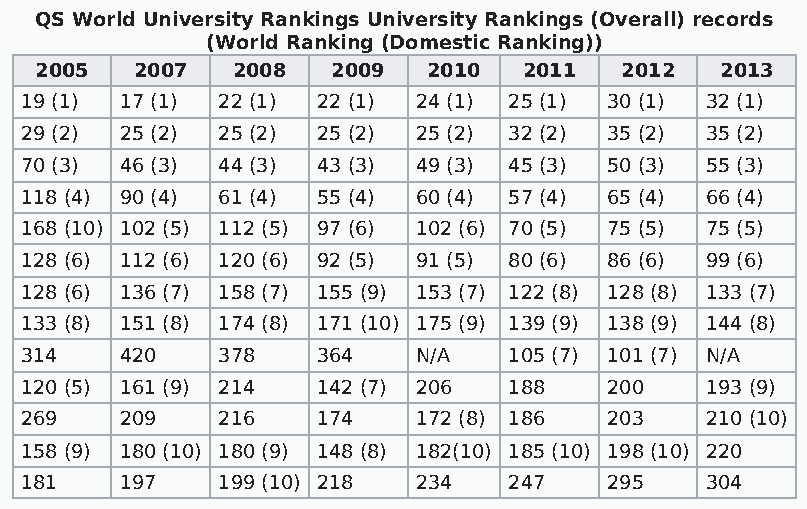
QS World University Rankings University Rankings (Overall) records
 (World Ranking (Domestic Ranking))
 2005   2007  2008   2009  2010   2011  2012   2013
 19 (1) 17 (1) 22 (1) 22 (1) 24 (1) 25 (1) 30 (1) 32 (1)
 29 (2) 25 (2) 25 (2) 25 (2) 25 (2) 32 (2) 35 (2) 35 (2)
 70 (3) 46 (3) 44 (3) 43 (3) 49 (3) 45 (3) 50 (3) 55 (3)
 118 (4) 90 (4) 61 (4) 55 (4) 60 (4) 57 (4) 65 (4) 66 (4)
 168 (10) 102 (5) 112 (5) 97 (6) 102 (6) 70 (5) 75 (5) 75 (5)
 128 (6) 112 (6) 120 (6) 92 (5) 91 (5) 80 (6) 86 (6) 99 (6)
 128 (6) 136 (7) 158 (7) 155 (9) 153 (7) 122 (8) 128 (8) 133 (7)
 133 (8) 151 (8) 174 (8) 171 (10) 175 (9) 139 (9) 138 (9) 144 (8)
 314    420   378    364   N/A    105 (7) 101 (7) N/A
 120 (5) 161 (9) 214 142 (7) 206  188   200    193 (9)
 269    209   216    174   172 (8) 186  203    210 (10)
 158 (9) 180 (10) 180 (9) 148 (8) 182(10) 185 (10) 198 (10) 220
 181    197   199 (10) 218 234    247   295    304